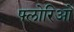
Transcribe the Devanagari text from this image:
फ्लोरिओ